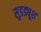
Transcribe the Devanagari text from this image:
सुडड्यूश